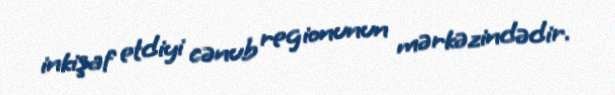
inkişaf etdiyi cənub regionunun mərkəzindədir.